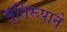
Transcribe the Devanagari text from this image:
मूर्तिरूपाने